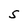
Character: S